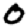
Digit: 0